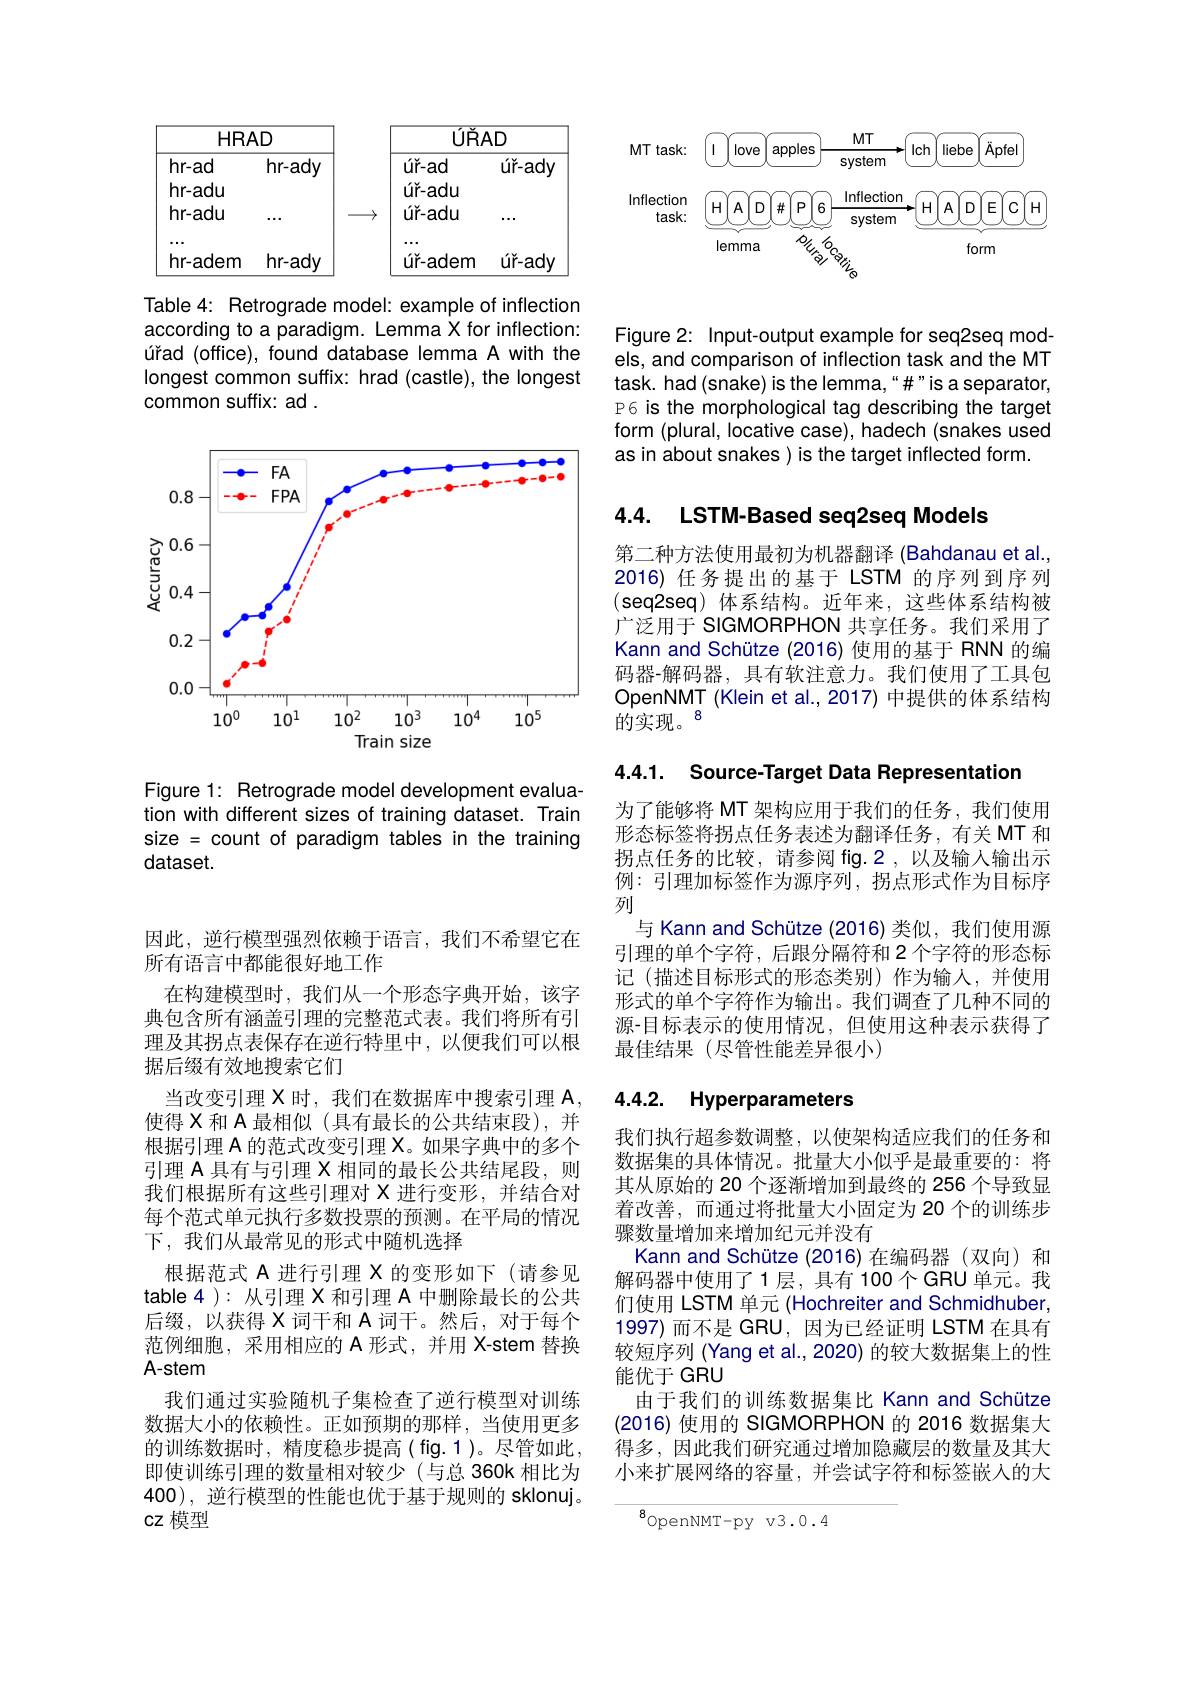
<table>
	<tbody>
		<tr>
			<th>$HRI$</th>
			<th>$4D$</th>
			<th>$\overline{UR}t$</th>
			<th>$AD$</th>
		</tr>
		<tr>
			<th>hr-ad</th>
			<th>$hr-ady$</th>
			<th>$úr-ad$</th>
			<th>$úě-ady$</th>
		</tr>
		<tr>
			<th>hr-adu</th>
			<th> </th>
			<th>úr-adu</th>
			<th> </th>
		</tr>
		<tr>
			<td>hr-adu</td>
			<td> </td>
			<td>úr-adu</td>
			<td> </td>
		</tr>
		<tr>
			<td>hr-adem</td>
			<td>$hr-ady$</td>
			<td>úr-adem</td>
			<td>$úě-ad〉$</td>
		</tr>
	</tbody>
</table>

Table 4: Retrograde model: example of inflection according to a paradigm. Lemma X for inflection: úrad (office), found database lemma A with the longest common suffix: hrad (castle), the longest common suffix: ad .

<FigureHere>

Figure 1: Retrograde model development evaluation with different sizes of training dataset. Train size = count of paradigm tables in the training dataset.

因此，逆行模型强烈依赖于语言，我们不希望它在
所有语言中都能很好地工作
在构建模型时，我们从一个形态字典开始，该字典包含所有涵盖引理的完整范式表。我们将所有引理及其拐点表保存在逆行特里中，以便我们可以根据后缀有效地搜索它们
当改变引理 X 时，我们在数据库中搜索引理 A 使得 X 和 A 最相似 (具有最长的公共结束段),并根据引理 A 的范式改变引理 X。如果字典中的多个引理 A 具有与引理 X 相同的最长公共结尾段，则我们根据所有这些引理对 X 进行变形，并结合对每个范式单元执行多数投票的预测。在平局的情况下，我们从最常见的形式中随机选择
根据范式 A 进行引理 X 的变形如下(请参见table 4 ): 从引理 X 和引理 A 中删除最长的公共后缀，以获得 X 词干和 A 词干。然后，对于每个范例细胞，采用相应的 A 形式，并用 X-stem 替换A-stem
我们通过实验随机子集检查了逆行模型对训练数据大小的依赖性。正如预期的那样，当使用更多的训练数据时，精度稳步提高(fig.1)。尽管如此， 即使训练引理的数量相对较少(与总 360k 相比为400), 逆行模型的性能也优于基于规则的 sklonuj。cz 模型

<FigureHere>

Figure 2: Input-output example for seq2seq models, and comparison of inflection task and the MT task. had(snake) is the lemma,“#”is a separator, P6 is the morphological tag describing the target form (plural, locative case), hadech (snakes used as in about snakes ) is the target inflected form.

4.4. LSTM-Based seq2seq Models

第二种方法使用最初为机器翻译 (Bahdanau et al. 2016) 任务提出的基于 LSTM 的序列到序列(seq2seq)体系结构。近年来，这些体系结构被广泛用于 SIGMORPHON 共享任务。我们采用了Kann and Schütze (2016) 使用的基于 RNN 的编码器-解码器，具有软注意力。我们使用了工具包OpenNMT (Klein et al., 2017) 中提供的体系结构的实现。$^{8}$

4.4.1. Source-Target Data Representation

为了能够将 MT 架构应用于我们的任务，我们使用形态标签将拐点任务表述为翻译任务，有关 MT 和拐点任务的比较，请参阅 fig.2,以及输入输出示例：引理加标签作为源序列，拐点形式作为目标序列
与 Kann and Schütze (2016)类似，我们使用源引理的单个字符，后跟分隔符和 2 个字符的形态标记(描述目标形式的形态类别)作为输入，并使用形式的单个字符作为输出。我们调查了几种不同的源-目标表示的使用情况，但使用这种表示获得了最佳结果(尽管性能差异很小)

### 4.4.2. Hyperparameters

我们执行超参数调整，以使架构适应我们的任务和数据集的具体情况。批量大小似乎是最重要的：将其从原始的 20 个逐渐增加到最终的 256 个导致显着改善，而通过将批量大小固定为 20 个的训练步骤数量增加来增加纪元并没有
Kann and Schütze (2016)在编码器 (双向) 和解码器中使用了1层，具有 100个GRU 单元。我们使用 LSTM 单元 (Hochreiter and Schmidhuber, 1997)而不是 GRU,因为已经证明 LSTM 在具有较短序列 (Yang et al., 2020) 的较大数据集上的性能优于 GRU
由于我们的训练数据集比 Kann and Schütze (2016) 使用的 SIGMORPHON 的 2016 数据集大得多，因此我们研究通过增加隐藏层的数量及其大小来扩展网络的容量，并尝试字符和标签嵌人的大

$^{8}$openNMT-py v3.0.4